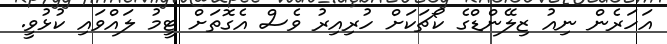
އަހަރެން ނިއު ޒިލޭންޑްގެ ކޯޗަކަށް ހުރިއިރު ވެސް އެގޮތަށް ޓީމު ލައްވައި ކުޅުވީ.